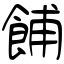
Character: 餔